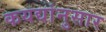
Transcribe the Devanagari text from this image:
कयद्यांनुसार